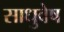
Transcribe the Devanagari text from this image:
साधुवेष